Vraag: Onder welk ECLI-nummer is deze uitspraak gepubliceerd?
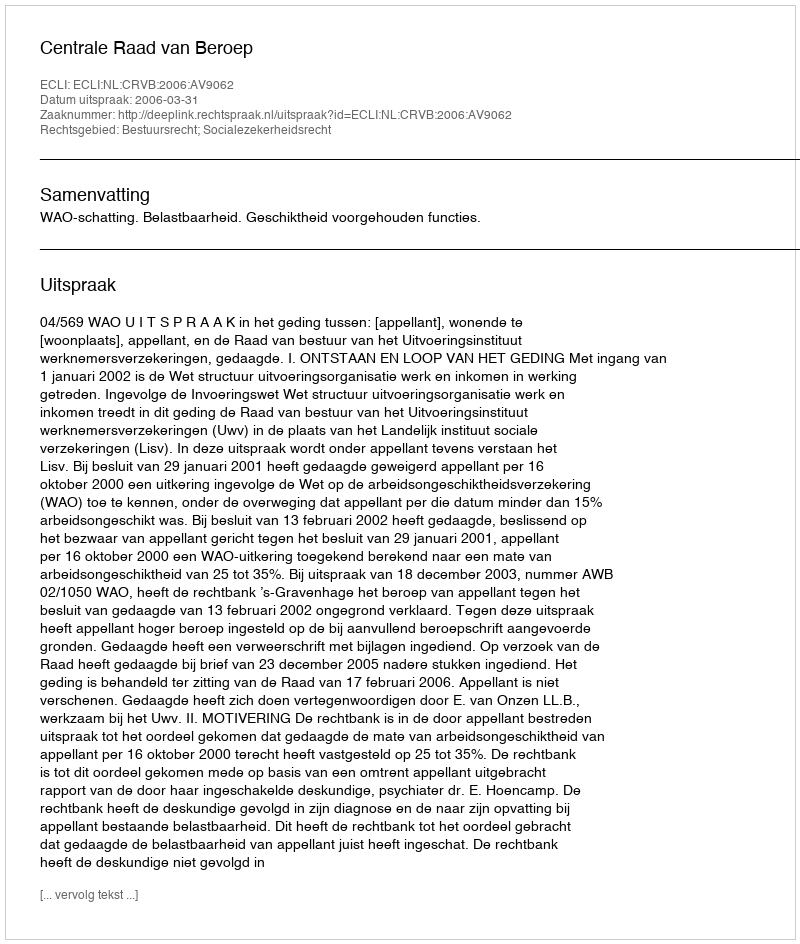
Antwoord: ECLI:NL:CRVB:2006:AV9062